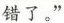
错了。”